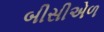
બીસીએળ